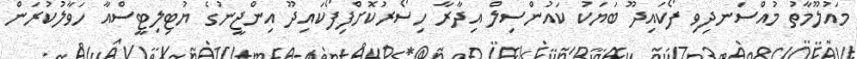
މައުލޫމާތު މުއްސަނދިވި ފޯކައިދޫ ބަޔަކު ކައުންސިލް އިދާރާ ހިސޯރުކޮށްފިފޯކައިދޫ އިންޖީނުގެ ޔުޓިލިޓީސްއާ ހަވާލުކުރަން